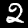
Digit: 2